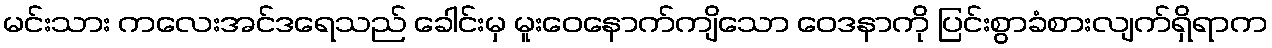
မင်းသား ကလေးအင်ဒရေသည် ခေါင်းမှ မူးဝေနောက်ကျိသော ဝေဒနာကို ပြင်းစွာခံစားလျက်ရှိရာက